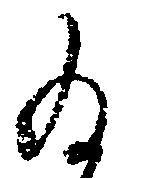
為